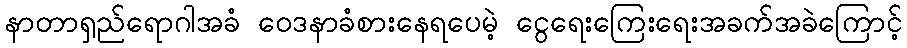
နာတာရှည်ရောဂါအခံ ဝေဒနာခံစားနေရပေမဲ့ ငွေရေးကြေးရေးအခက်အခဲကြောင့်